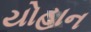
યોહાન